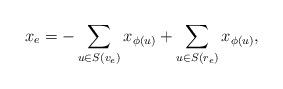
LaTeX: \begin{align*} x_{e} = -\sum_{u \in S(v_e)}x_{\phi(u)}+\sum_{u \in S(r_e)}x_{\phi(u)}, \end{align*}